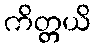
ကိတ္တယိ